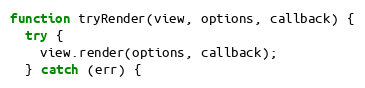
Language: JavaScript
function tryRender(view, options, callback) {
  try {
    view.render(options, callback);
  } catch (err) {